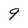
Character: 9